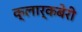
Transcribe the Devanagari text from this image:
क्लार्कबेरी